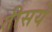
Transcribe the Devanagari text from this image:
तीसये